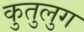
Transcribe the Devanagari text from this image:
कुतुलुग